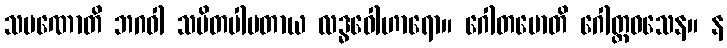
သမဏောတိ ဘဂဝါ သမိတပါပတာယ လဒ္ဓဝေါဟာရော။ ဂေါတမောတိ ဂေါတ္တဝသေန။ န